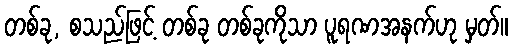
တစ်ခု, စသည်ဖြင့် တစ်ခု တစ်ခုကိုသာ ပူရဏအနက်ဟု မှတ်။